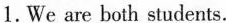
1.We are both students.